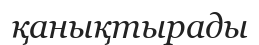
қанықтырады